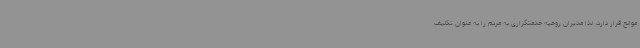
موانع قرار دارد، لذا مدیران روحیه خدمتگزاری به مردم را به عنوان تکلیف